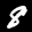
Label: 8